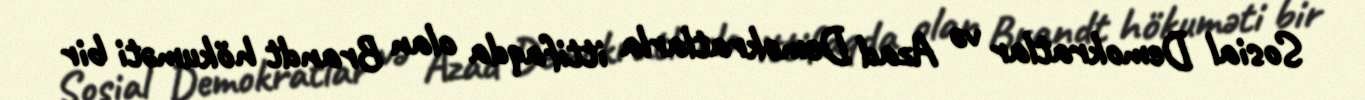
Sosial Demokratlar və Azad Demokratlarla ittifaqda olan Brandt hökuməti bir